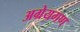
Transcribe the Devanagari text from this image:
अग्रेयगण